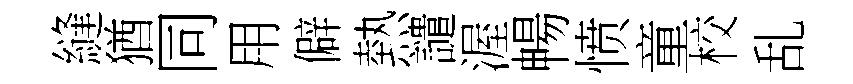
縫猶同用僻熱譴渥暢愤童校乱